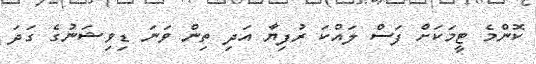
ކޮންމެ ޓީމަކަށް ފަސް ލައްކަ ރުފިޔާ އަދި ތިން ވަނަ ޑިވިޝަނުގެ ގަދަ